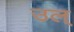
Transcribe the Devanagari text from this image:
उल्‌